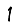
Digit: 1